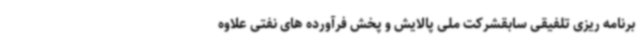
برنامه ریزی تلفیقی سابقشرکت ملی پالایش و پخش فرآورده های نفتی علاوه